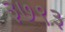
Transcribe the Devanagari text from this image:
३७९३